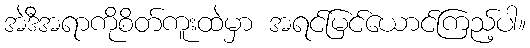
အဲဒီအရာကိုစိတ်ကူးထဲမှာ အရင်မြင်ယောင်ကြည့်ပါ။